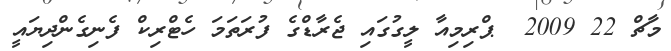
މާޗް 22 2009  ޕްރިމިއާ ލީގުގައި ޖެރާޑްގެ ފުރަތަމަ ހެޓްރިކް ފެނިގެންދިޔައީ